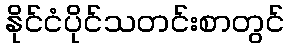
နိုင်ငံပိုင်သတင်းစာတွင်